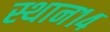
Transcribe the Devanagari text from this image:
स्थान१४